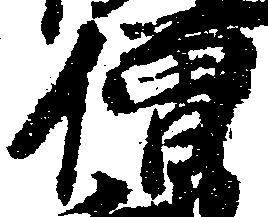
僧